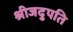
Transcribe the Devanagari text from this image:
श्रीजदुपति